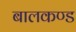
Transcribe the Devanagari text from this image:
बालकण्ड